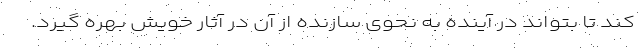
کند تا بتواند در آینده به نحوی سازنده از آن در آثار خویش بهره گیرد.